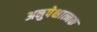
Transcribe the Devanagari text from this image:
अनुपेक्षात्मक